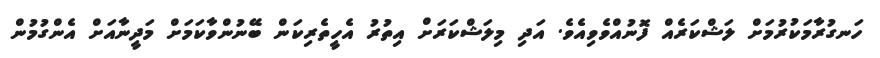
ހަނގުރާމަކުރުމަށް ލަޝްކަރެއް ފޮނުއްވެވިއެވެ. އަދި މިލަޝްކަރަށް އިތުރު އެހީތެރިކަން ބޭނުންވާކަމަށް މަދީނާއަށް އެންގުމުން